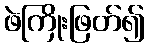
ဖဲကြိုးဖြတ်၍